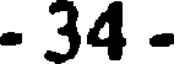
- 34 -